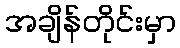
အချိန်တိုင်းမှာ